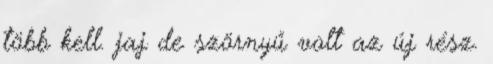
több kell. jaj de szörnyű volt az új rész.